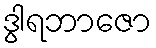
ဒွါရဘာဇော